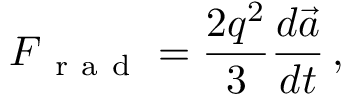
\boldsymbol { F } _ { \mathrm { ~ r ~ a ~ d ~ } } = \frac { 2 q ^ { 2 } } { 3 } \frac { d \vec { a } } { d t } \, ,